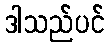
ဒါသည်ပင်